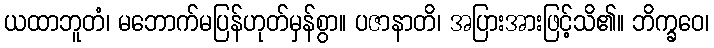
ယထာဘူတံ၊ မဘောက်မပြန်ဟုတ်မှန်စွာ။ ပဇာနာတိ၊ အပြားအားဖြင့်သိ၏။ ဘိက္ခဝေ၊